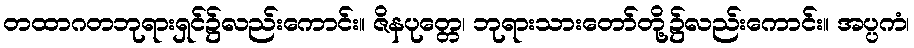
တထာဂတဘုရားရှင်၌လည်းကောင်း။ ဇိနပုတ္တေ၊ ဘုရားသားတော်တို့၌လည်းကောင်း။ အပ္ပကံ၊